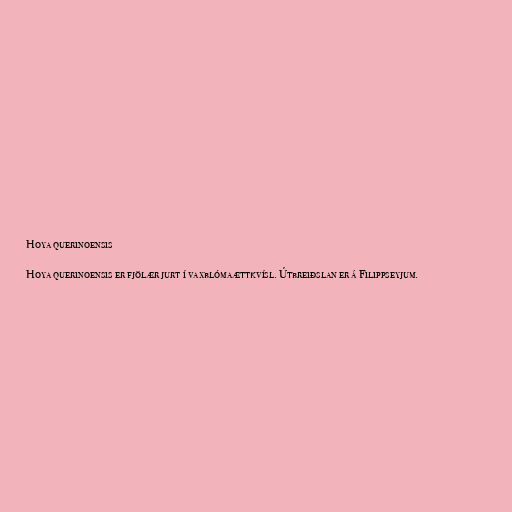
Hoya querinoensis

Hoya querinoensis er fjölær jurt í vaxblómaættkvísl. Útbreiðslan er á Filippseyjum.